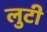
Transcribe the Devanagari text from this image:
लुटी